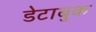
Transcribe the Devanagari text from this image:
डेटाबुक